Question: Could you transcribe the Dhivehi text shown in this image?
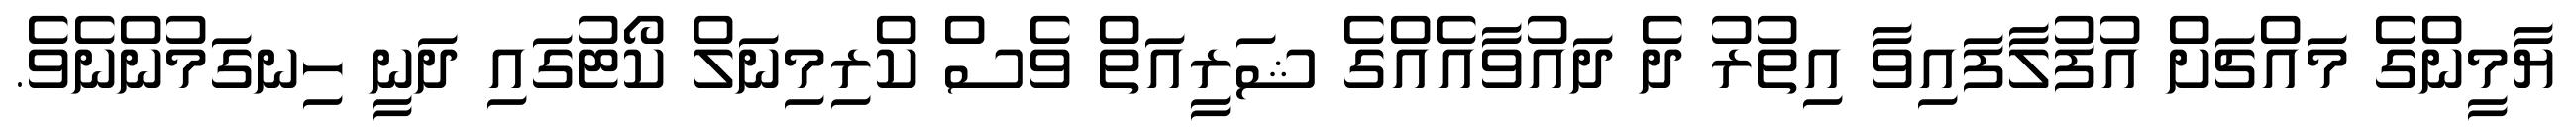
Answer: ޔާމީންގެ މައްޗަށް އުފުލާފައިވާ އިތުރު ދެ ދައުވާއެއްގެ ޝަރީއަތް ވެސް ކްރިމިނަލް ކޯޓުގައި ދަނީ ހިނގަމުންނެވެ.